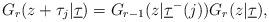
LaTeX: \begin{align*}G_r ( z + \tau_j | \underline \tau ) = G_{r-1} ( z | \underline \tau^{-} ( j ) ) G_{r} ( z | \underline \tau ), \end{align*}